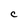
Character: C